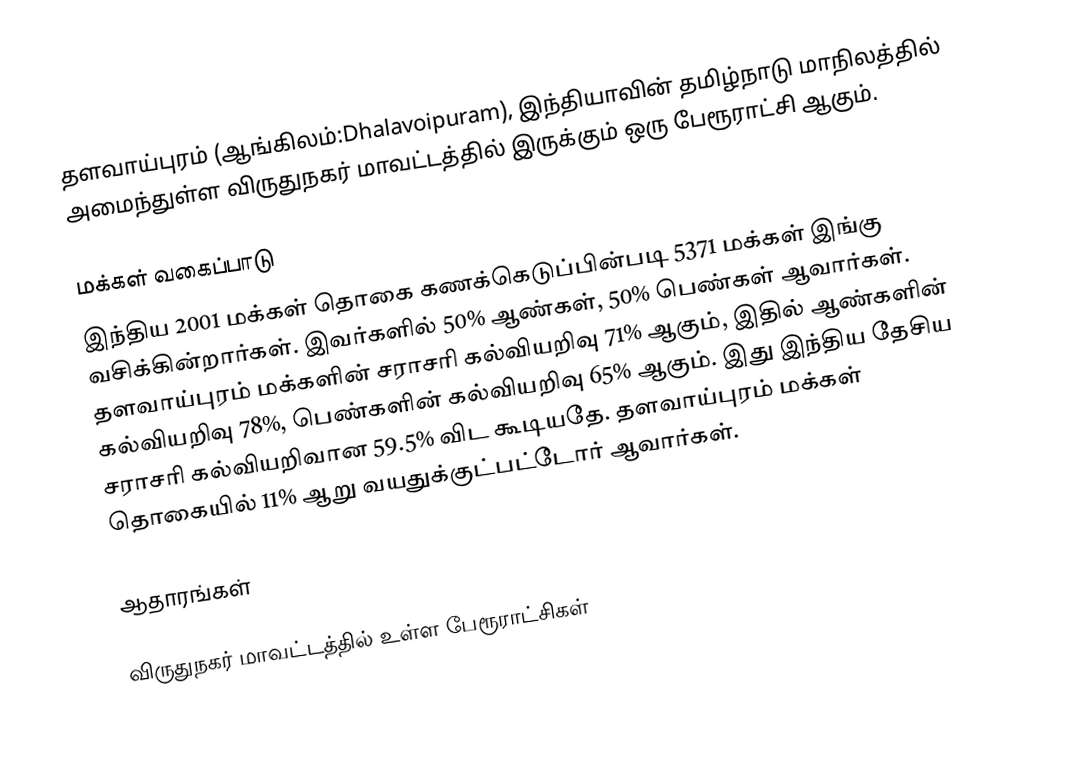
தளவாய்புரம் (ஆங்கிலம்:Dhalavoipuram), இந்தியாவின் தமிழ்நாடு மாநிலத்தில் அமைந்துள்ள விருதுநகர் மாவட்டத்தில் இருக்கும் ஒரு பேரூராட்சி ஆகும்.

மக்கள் வகைப்பாடு
இந்திய 2001 மக்கள் தொகை கணக்கெடுப்பின்படி 5371 மக்கள் இங்கு வசிக்கின்றார்கள். இவர்களில் 50% ஆண்கள், 50% பெண்கள் ஆவார்கள். தளவாய்புரம் மக்களின் சராசரி கல்வியறிவு 71% ஆகும்,  இதில் ஆண்களின் கல்வியறிவு 78%,  பெண்களின் கல்வியறிவு 65% ஆகும். இது இந்திய தேசிய சராசரி கல்வியறிவான 59.5% விட கூடியதே. தளவாய்புரம் மக்கள் தொகையில் 11%  ஆறு வயதுக்குட்பட்டோர் ஆவார்கள்.

ஆதாரங்கள்

விருதுநகர் மாவட்டத்தில் உள்ள பேரூராட்சிகள்